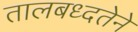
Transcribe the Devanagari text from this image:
तालबध्दतेने